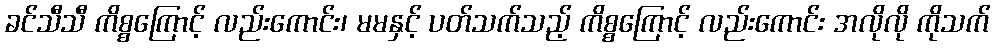
ခင်သီသီ ကိစ္စကြောင့် လည်းကောင်း၊ မမနှင့် ပတ်သက်သည့် ကိစ္စကြောင့် လည်းကောင်း အလိုလို ကိုသက်